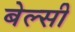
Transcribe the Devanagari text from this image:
बेल्सी